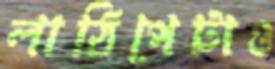
লাঠিপেটাও